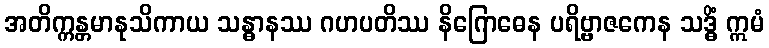
အတိက္ကန္တမာနုသိကာယ သန္ဓာနဿ ဂဟပတိဿ နိဂြောဓေန ပရိဗ္ဗာဇကေန သဒ္ဓိံ ဣမံ